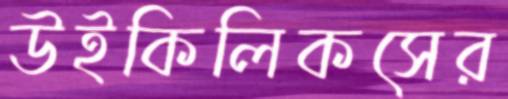
উইকিলিকসের